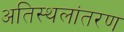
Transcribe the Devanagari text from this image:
अतिस्थलांतरण